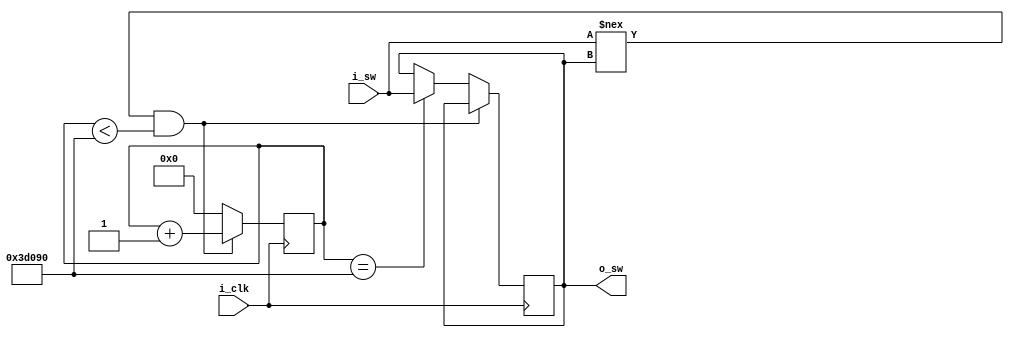
module Debounce_Switch
(
    input i_clk,
    input i_sw,
    output o_sw

);

    parameter c_debounceCount = 250000; // 10 ms at 25 MHz

    reg [17:0] r_count = 0;
    reg r_state = 1'b0;

    always @(posedge i_clk)
    begin
        // count when state and switch are different
        if (i_sw !== r_state && r_count < c_debounceCount)
            r_count <= r_count + 1;

        // update state, if count reached the limit
        else if (r_count == c_debounceCount) begin
            r_state <= i_sw;
            r_count <= 0;

        // reset count if switch and state are the same
        end else
            r_count <= 0;
    end

    assign o_sw = r_state;

endmodule